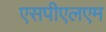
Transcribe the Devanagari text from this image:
एसपीएलएम